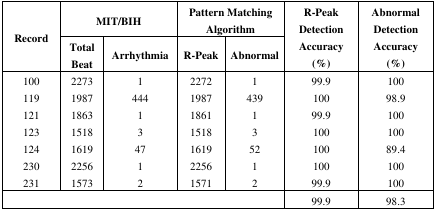
<table><thead><tr><td rowspan="3"><b>Record</b></td><td colspan="2"><b>MIT/BIH</b></td><td colspan="2"><b>Pattern Matching Algorithm</b></td><td rowspan="3"><b>R-Peak Detection Accuracy (%)</b></td><td rowspan="3"><b>Abnormal Detection Accuracy (%)</b></td></tr><tr><td><b>Total Beat</b></td><td><b>Arrhythmia</b></td><td><b>R-Peak</b></td><td><b>Abnormal</b></td></tr></thead><tbody><tr><td>100</td><td>2273</td><td>1</td><td>2272</td><td>1</td><td>99.9</td><td>100</td></tr><tr><td>119</td><td>1987</td><td>444</td><td>1987</td><td>439</td><td>100</td><td>98.9</td></tr><tr><td>121</td><td>1863</td><td>1</td><td>1861</td><td>1</td><td>99.9</td><td>100</td></tr><tr><td>123</td><td>1518</td><td>3</td><td>1518</td><td>3</td><td>100</td><td>100</td></tr><tr><td>124</td><td>1619</td><td>47</td><td>1619</td><td>52</td><td>100</td><td>89.4</td></tr><tr><td>230</td><td>2256</td><td>1</td><td>2256</td><td>1</td><td>100</td><td>100</td></tr><tr><td>231</td><td>1573</td><td>2</td><td>1571</td><td>2</td><td>99.9</td><td>100</td></tr><tr><td colspan="5">[EMPTY_CELL]</td><td>99.9</td><td>98.3</td></tr></tbody></table>